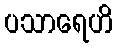
ပသာရေဟိ